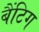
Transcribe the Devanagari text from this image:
बैंटिग